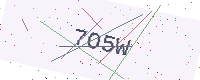
Text: 7O5W